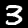
Digit: 3